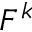
F ^ { k }